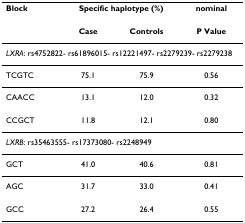
| Block | <COLSPAN=2> Specific haplotype (%) | nominal |
 | --- | --- | --- | --- |
 |  | Case | Controls | P Value |
 | <COLSPAN=4> LXRA: rs4752822- rs61896015- rs12221497- rs2279239- rs2279238 |
 | TCGTC | 75.1 | 75.9 | 0.56 |
 | CAACC | 13.1 | 12.0 | 0.32 |
 | CCGCT | 11.8 | 12.1 | 0.80 |
 | <COLSPAN=4> LXRB: rs35463555- rs17373080- rs2248949 |
 | GCT | 41.0 | 40.6 | 0.81 |
 | AGC | 31.7 | 33.0 | 0.41 |
 | GCC | 27.2 | 26.4 | 0.55 |